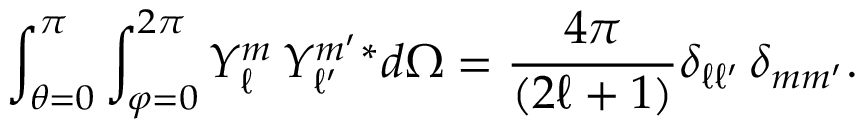
\int _ { \theta = 0 } ^ { \pi } \int _ { \varphi = 0 } ^ { 2 \pi } Y _ { \ell } ^ { m } \, Y _ { \ell ^ { \prime } } ^ { m ^ { \prime } } { } ^ { * } d \Omega = { \frac { 4 \pi } { ( 2 \ell + 1 ) } } \delta _ { \ell \ell ^ { \prime } } \, \delta _ { m m ^ { \prime } } .